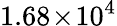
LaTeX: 1.68\! \times\! 10^{4}